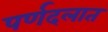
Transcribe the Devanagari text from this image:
पर्णदलात